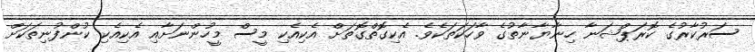
ސަރުކާރުގެ ކޮރަޕްޝަނާ ހިނާޔާނާތުގެ ވާހަކަތަކެވެ. އެކިގޮތްގޮތަށް އެކިއެކި މީސް މީހުންނަށާއި އެކިއެކި ކުންފުނިތަކަށް